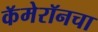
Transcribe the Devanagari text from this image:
कॅमेरॉनचा